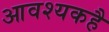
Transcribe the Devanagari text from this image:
आवश्यकहै